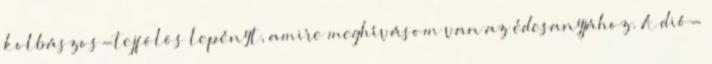
kolbászos-tejfölös lepényt, amire meghívásom van az édesanyjához. A dió-